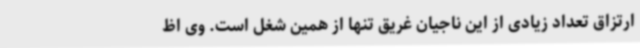
ارتزاق تعداد زیادی از این ناجیان غریق تنها از همین شغل است. وی اظ